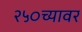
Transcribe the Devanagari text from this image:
२५०च्यावर